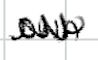
Text: own
Cross-out: zig-zag
Writing tool: digital_black